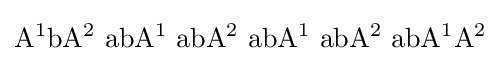
\mathrm {A^{1}bA^{2}\,\,abA^{1}\,\,abA^{2}\,\,abA^{1}\,\,abA^{2}\,\,abA^{1}A^{2}}